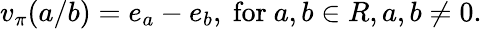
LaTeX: v_{\pi}(a/b)=e_{a}-e_{b},{\mathrm{~for~}}a,b\in R,a,b\neq 0.